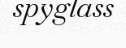
spyglass